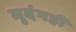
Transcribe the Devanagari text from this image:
मृदंगही